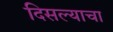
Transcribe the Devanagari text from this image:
दिसल्याचा